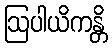
ဩပါယိကန္တိ